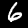
Digit: 6